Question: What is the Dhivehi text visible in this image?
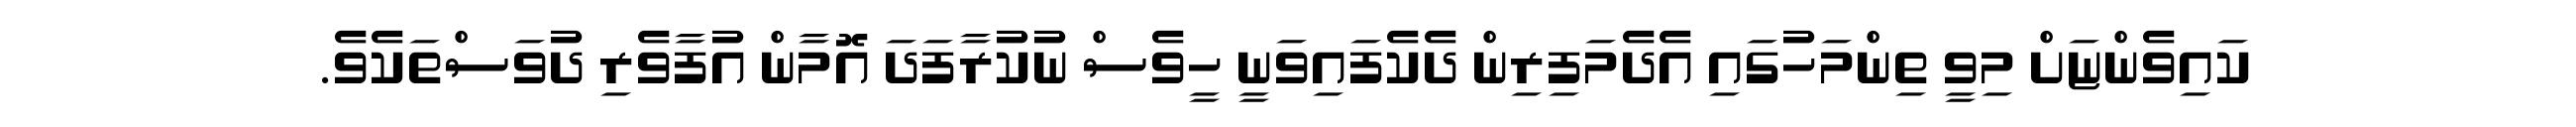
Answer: ކައިވެންޏަށް މިވީ ތިންމަހުގައި އެދެމަފިރިން ދެކެފައިވަނީ ހީވެސް ނުކުރާފަދަ އޮމާން އުފާވެރި ދުވަސްތަކެވެ.